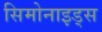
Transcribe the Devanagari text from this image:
सिमोनाइड्स